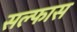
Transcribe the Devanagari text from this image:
सल्फास